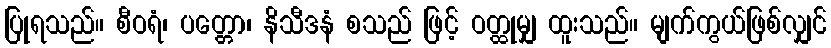
ပြုရသည်။ စီဝရံ၊ ပတ္တော၊ နိသီဒနံ စသည် ဖြင့် ဝတ္ထုမျှ ထူးသည်။ မျက်ကွယ်ဖြစ်လျှင်